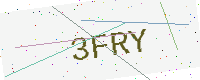
Text: 3FRY